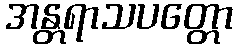
အန္တရာသပတ္တော